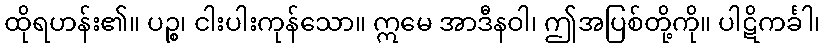
ထိုရဟန်း၏။ ပဉ္စ၊ ငါးပါးကုန်သော။ ဣမေ အာဒီနဝါ၊ ဤအပြစ်တို့ကို။ ပါဋိကင်္ခါ၊